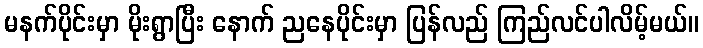
မနက်ပိုင်းမှာ မိုးရွာပြီး နောက် ညနေပိုင်းမှာ ပြန်လည် ကြည်လင်ပါလိမ့်မယ်။